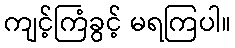
ကျင့်ကြံခွင့် မရကြပါ။